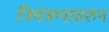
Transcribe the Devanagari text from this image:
निमंत्रणावरुन